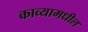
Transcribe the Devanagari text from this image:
काव्यामधील